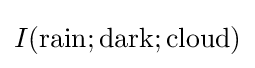
I({\text{rain}};{\text{dark}};{\text{cloud}})